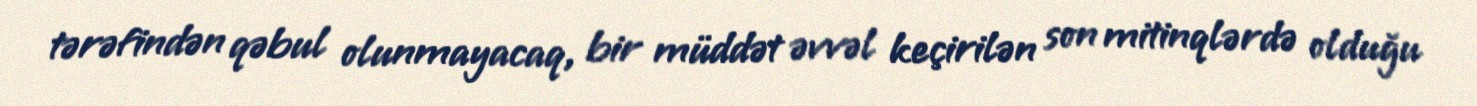
tərəfindən qəbul olunmayacaq, bir müddət əvvəl keçirilən son mitinqlərdə olduğu